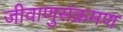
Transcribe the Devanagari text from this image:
जीवाणुसंक्रमण